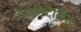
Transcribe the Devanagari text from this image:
प्रोजेनिटैलिस